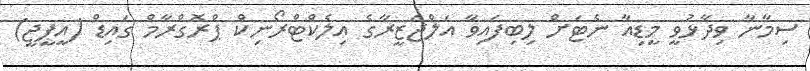
ސިމާނާ ވިދާޅުވީ މީޑިއާ ނެޓަށް ލިބިފައިވާ އަލްޖަޒީރާގެ އިލެކްޓްރޯނިކް ޕްރޮގްރާމް ގައިޑް (އީޕީޖީ)